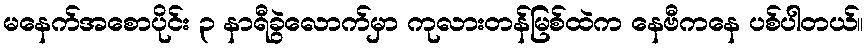
မနေက်အစောပိုင်း ၃ နာရီခွဲလောက်မှာ ကုလားတန်မြစ်ထဲက နေဗီကနေ ပစ်ပါတယ်။